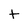
Character: t